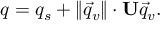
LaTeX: q = q _ { s } + \lVert { \vec { q } } _ { v } \rVert \cdot \mathbf { U } { \vec { q } } _ { v } .